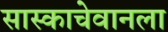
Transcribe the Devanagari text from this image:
सास्काचेवानला